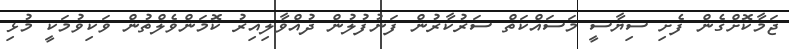
ޖަމާކޮށްގެން ފެށި ސިޔާސީ މަސައްކަތް ސަރުކާރުން ފަނުފުލުން ދުއްވާލިއިރު ކޮމަންވެލްތުން ވަކިވުމަކީ މުޅި